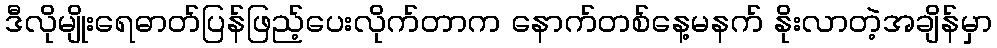
ဒီလိုမျိုးရေဓာတ်ပြန်ဖြည့်ပေးလိုက်တာက နောက်တစ်နေ့မနက် နိုးလာတဲ့အချိန်မှာ